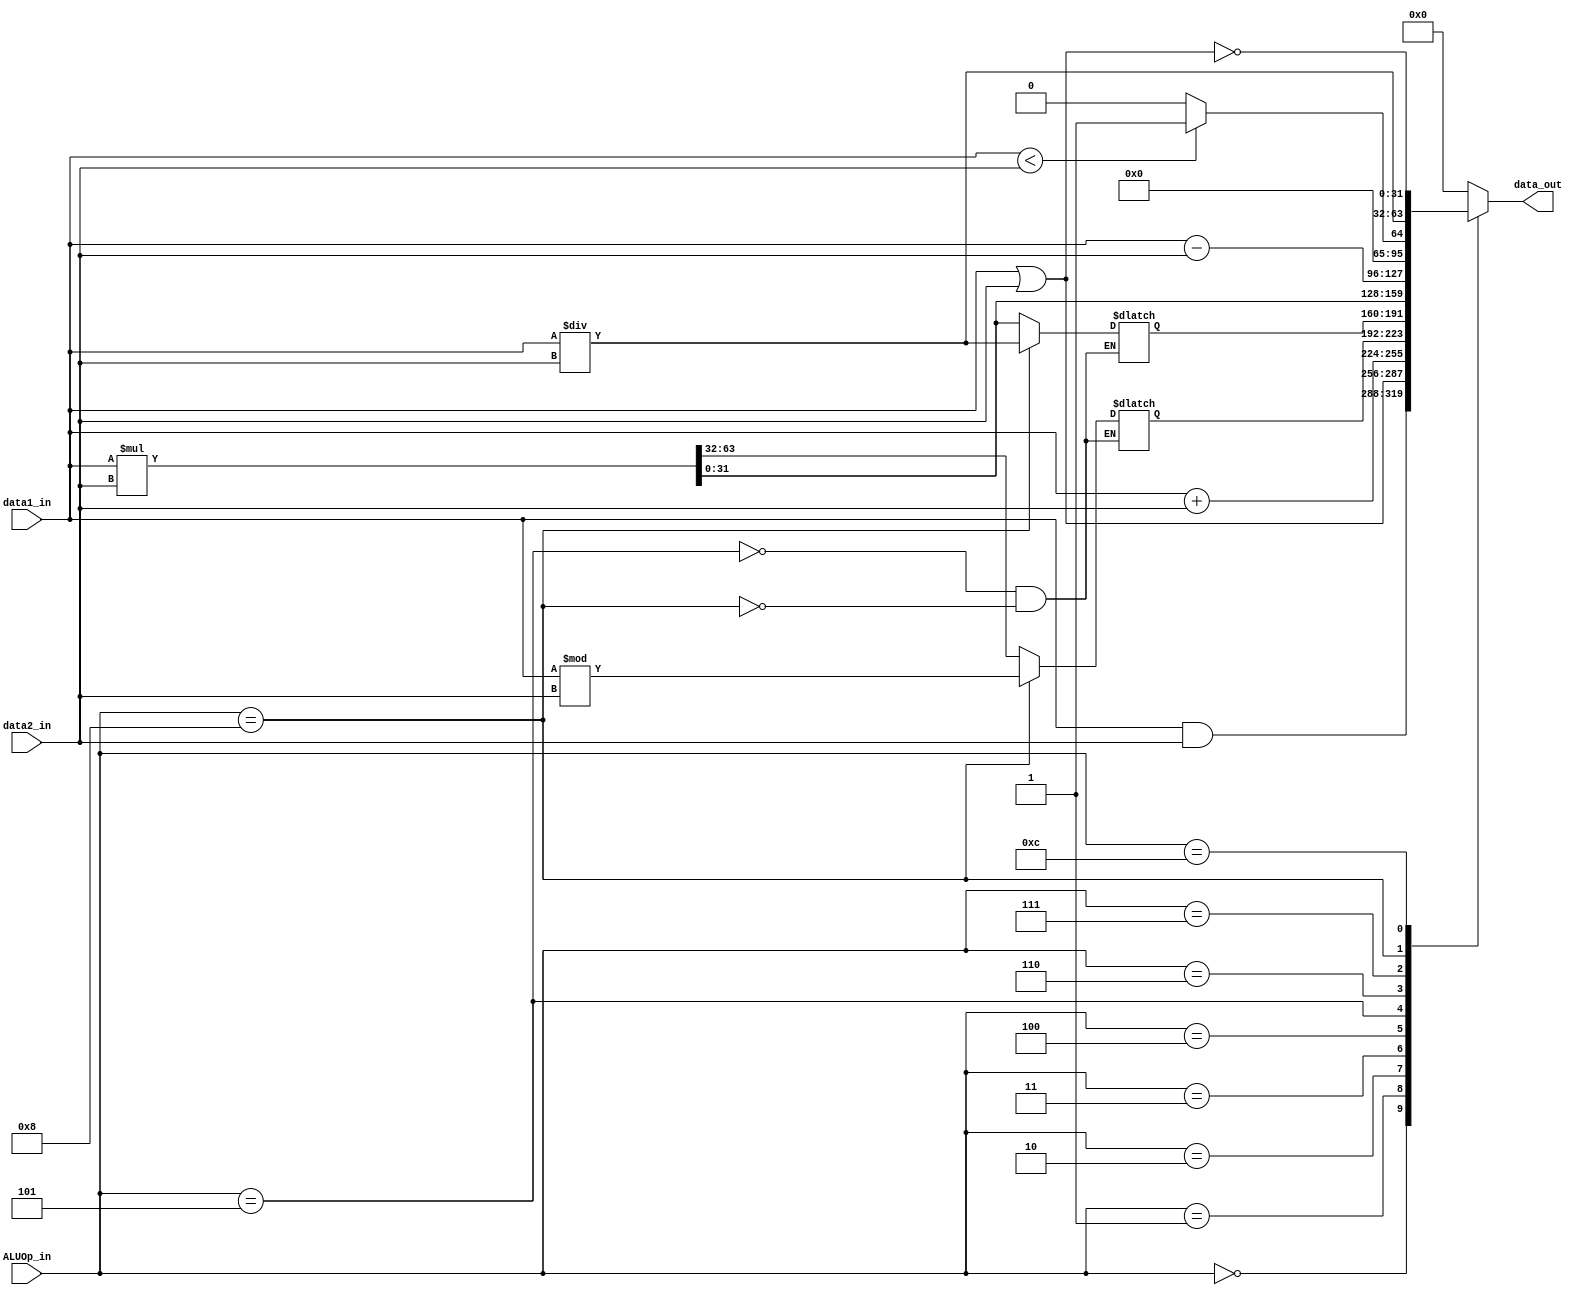
module ALU(data_out, data1_in, data2_in, ALUOp_in);

  output reg [31:0] data_out;
  input [31:0] data1_in, data2_in;
  input [3:0] ALUOp_in;

  // Internal registers for use with the MFHI and MFLO instructions
  reg [31:0] HI_internal, LO_internal;

  always@(*) begin
    case(ALUOp_in)
      0: data_out <= data1_in & data2_in;
      1: data_out <= data1_in | data2_in;
      2: data_out <= data1_in + data2_in;
      3: data_out <= HI_internal;
      4: data_out <= LO_internal;
      5: begin
        {HI_internal, LO_internal} = data1_in * data2_in;
        data_out <= LO_internal;
      end
      6: data_out <= data1_in - data2_in;
      7: begin
    	if(data1_in < data2_in)
        	data_out = 32'b1;
    	else
        	data_out = 32'b0;
	end
      8: begin
        LO_internal = data1_in / data2_in;
        HI_internal = data1_in % data2_in;
        data_out <= LO_internal;
      end
      12: data_out <= ~(data1_in | data2_in);
      default: data_out <= 32'b0;
    endcase

  end


endmodule